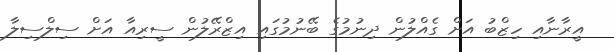
އީރާނާއި ހިޒްބު އަށް ގެއްލުން ދިނުމުގެ ބޭނުމުގައި އިޒްރޭލުން ސީރިއާ އަށް ސިލްސިލާ